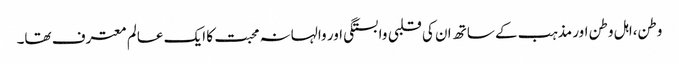
وطن،اہل وطن اور مذہب کے ساتھ ان کی قلبی وابستگی اور والہانہ محبت کا ایک عالم معترف تھا۔